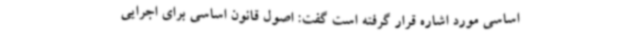
اساسی مورد اشاره قرار گرفته است گفت: اصول قانون اساسی برای اجرایی